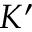
K ^ { \prime }